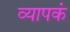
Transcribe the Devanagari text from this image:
व्यापकं